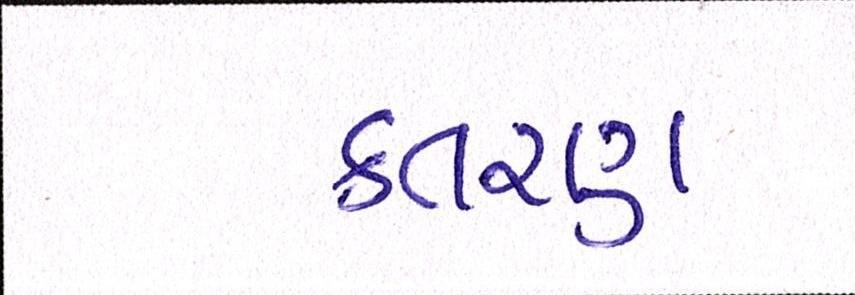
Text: કતરણ